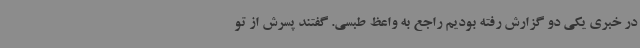
در خبری یکی دو گزارش رفته بودیم راجع به واعظ طبسی. گفتند پسرش از تو